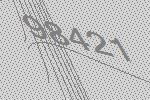
98421